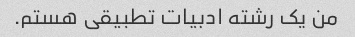
من یک رشته ادبیات تطبیقی ​​هستم.